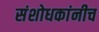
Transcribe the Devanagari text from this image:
संशोधकांनीच